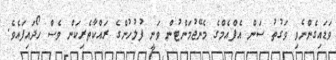
ވަޑައިގެންނެވި ވަގުތު ސަން އެފްއެމްގެ މެނޭޖުމަންޓުން ވަނީ ފުލުހުންގެ ރައްކާތެރިކަން ވެސް ހޯދައިފައެވެ.